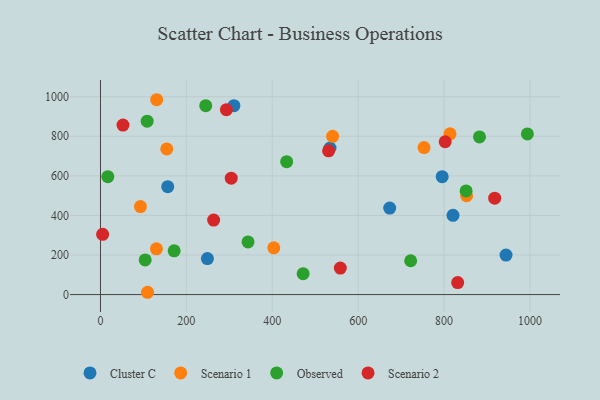
{"axis": {"x": "Investment", "y": "Rating"}, "legend": ["Cluster C", "Observed", "Scenario 1", "Scenario 2"], "data": [{"x": "795.7", "y": 595.7, "type": "Cluster C"}, {"x": "156.6", "y": 545.3, "type": "Cluster C"}, {"x": "310.7", "y": 954.6, "type": "Cluster C"}, {"x": "944.4", "y": 199.7, "type": "Cluster C"}, {"x": "820.9", "y": 400.6, "type": "Cluster C"}, {"x": "249.0", "y": 181.9, "type": "Cluster C"}, {"x": "534.5", "y": 740.7, "type": "Cluster C"}, {"x": "673.5", "y": 437.1, "type": "Cluster C"}, {"x": "814.0", "y": 812.6, "type": "Scenario 1"}, {"x": "753.5", "y": 742.8, "type": "Scenario 1"}, {"x": "540.6", "y": 799.7, "type": "Scenario 1"}, {"x": "130.8", "y": 984.8, "type": "Scenario 1"}, {"x": "852.6", "y": 499.5, "type": "Scenario 1"}, {"x": "130.3", "y": 231.0, "type": "Scenario 1"}, {"x": "154.4", "y": 735.9, "type": "Scenario 1"}, {"x": "403.6", "y": 236.5, "type": "Scenario 1"}, {"x": "93.1", "y": 444.7, "type": "Scenario 1"}, {"x": "109.6", "y": 11.6, "type": "Scenario 1"}, {"x": "171.6", "y": 220.9, "type": "Observed"}, {"x": "471.9", "y": 105.7, "type": "Observed"}, {"x": "245.1", "y": 954.9, "type": "Observed"}, {"x": "17.1", "y": 596.0, "type": "Observed"}, {"x": "433.6", "y": 671.5, "type": "Observed"}, {"x": "722.3", "y": 171.0, "type": "Observed"}, {"x": "104.1", "y": 174.9, "type": "Observed"}, {"x": "882.6", "y": 796.7, "type": "Observed"}, {"x": "851.4", "y": 524.0, "type": "Observed"}, {"x": "994.1", "y": 812.1, "type": "Observed"}, {"x": "343.6", "y": 266.0, "type": "Observed"}, {"x": "108.7", "y": 876.4, "type": "Observed"}, {"x": "831.8", "y": 60.6, "type": "Scenario 2"}, {"x": "52.4", "y": 856.7, "type": "Scenario 2"}, {"x": "263.5", "y": 376.5, "type": "Scenario 2"}, {"x": "802.7", "y": 772.4, "type": "Scenario 2"}, {"x": "293.2", "y": 934.7, "type": "Scenario 2"}, {"x": "5.0", "y": 304.5, "type": "Scenario 2"}, {"x": "558.5", "y": 134.1, "type": "Scenario 2"}, {"x": "531.2", "y": 726.7, "type": "Scenario 2"}, {"x": "304.5", "y": 588.1, "type": "Scenario 2"}, {"x": "918.0", "y": 487.2, "type": "Scenario 2"}]}